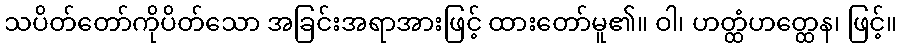
သပိတ်တော်ကိုပိတ်သော အခြင်းအရာအားဖြင့် ထားတော်မူ၏။ ဝါ၊ ဟတ္ထံဟတ္ထေန၊ ဖြင့်။